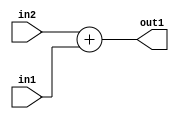
`timescale 1ps / 1ps
/*****************************************************************************
    Verilog RTL Description
    
    
    Created by: Stratus DpOpt 2019.1.01 
*******************************************************************************/

module GaussFilter_Add_2Ux2U_3U_1 (
	in2,
	in1,
	out1
	); /* architecture "behavioural" */ 
input [1:0] in2,
	in1;
output [2:0] out1;
wire [2:0] asc001;

assign asc001 = 
	+(in2)
	+(in1);

assign out1 = asc001;
endmodule

/* CADENCE  urn2Qwo= : u9/ySgnWtBlWxVPRXgAZ4Og= ** DO NOT EDIT THIS LINE ******/